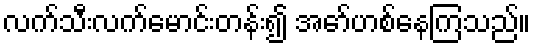
လက်သီးလက်မောင်းတန်း၍ အော်ဟစ်နေကြသည်။